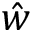
\hat { w }